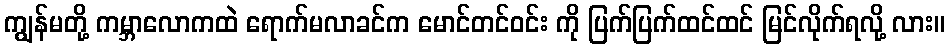
ကျွန်မတို့ ကမ္ဘာလောကထဲ ရောက်မလာခင်က မောင်တင်ဝင်း ကို ပြက်ပြက်ထင်ထင် မြင်လိုက်ရလို့ လား။